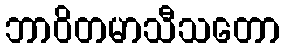
ဘာဝိတမာသီသတော